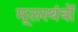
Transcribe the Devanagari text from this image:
मूलस्थंबों